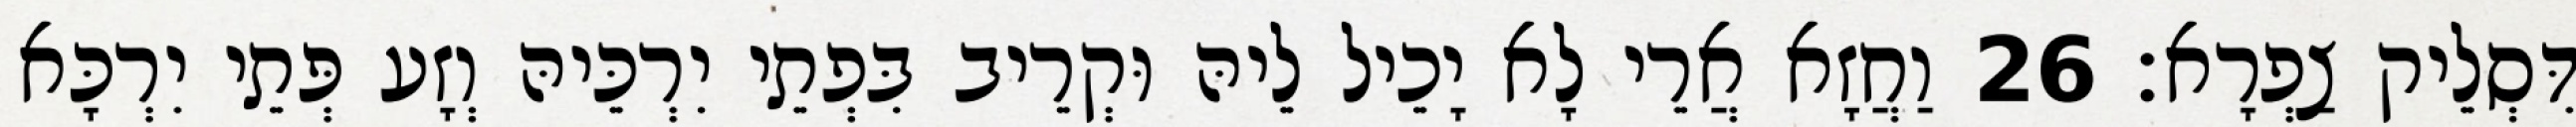
דִּסְלֵיק צַפְרָא׃ 26 וַחֲזָא אֲרֵי לָא יָכֵיל לֵיהּ וּקְרֵיב בִּפְתֵי יִרְכֵּיהּ וְזָע פְּתֵי יִרְכָּא